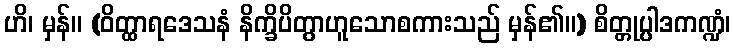
ဟိ၊ မှန်။ (ဝိတ္ထာရဒေသနံ နိက္ခိပိတွာဟူသောစကားသည် မှန်၏။) စိတ္တုပ္ပါဒကဏ္ဍံ၊